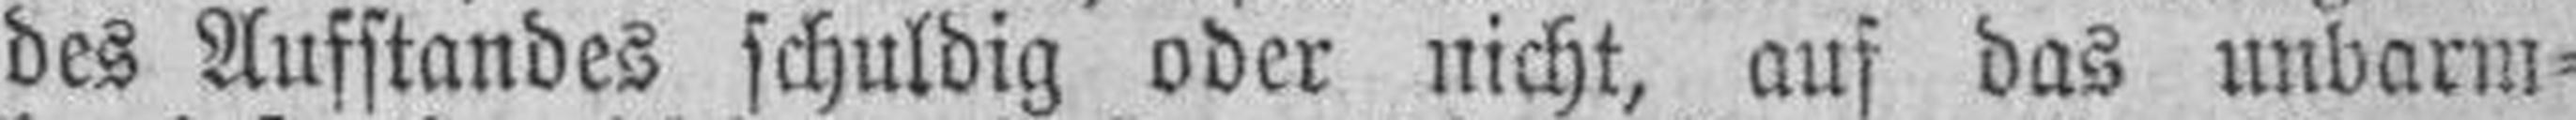
des Aufstandes schuldig oder nicht, aus das unbarm¬